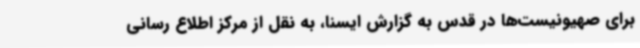
برای صهیونیست‌ها در قدس به گزارش ایسنا، به نقل از مرکز اطلاع رسانی